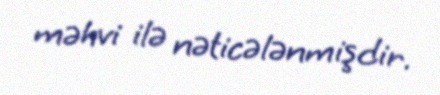
məhvi ilə nəticələnmişdir.